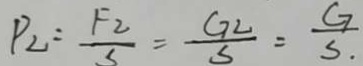
P _ { 2 } = \frac { F _ { 2 } } { S } = \frac { G _ { 2 } } { S } = \frac { G } { S }